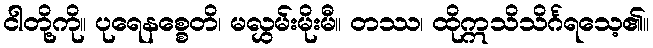
ငါတို့ကို။ ပုရေနစ္စေတိ၊ မလွှမ်းမိုးမီ။ တဿ၊ ထိုဣသိသိင်္ဂရသေ့၏။